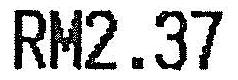
RM2.37